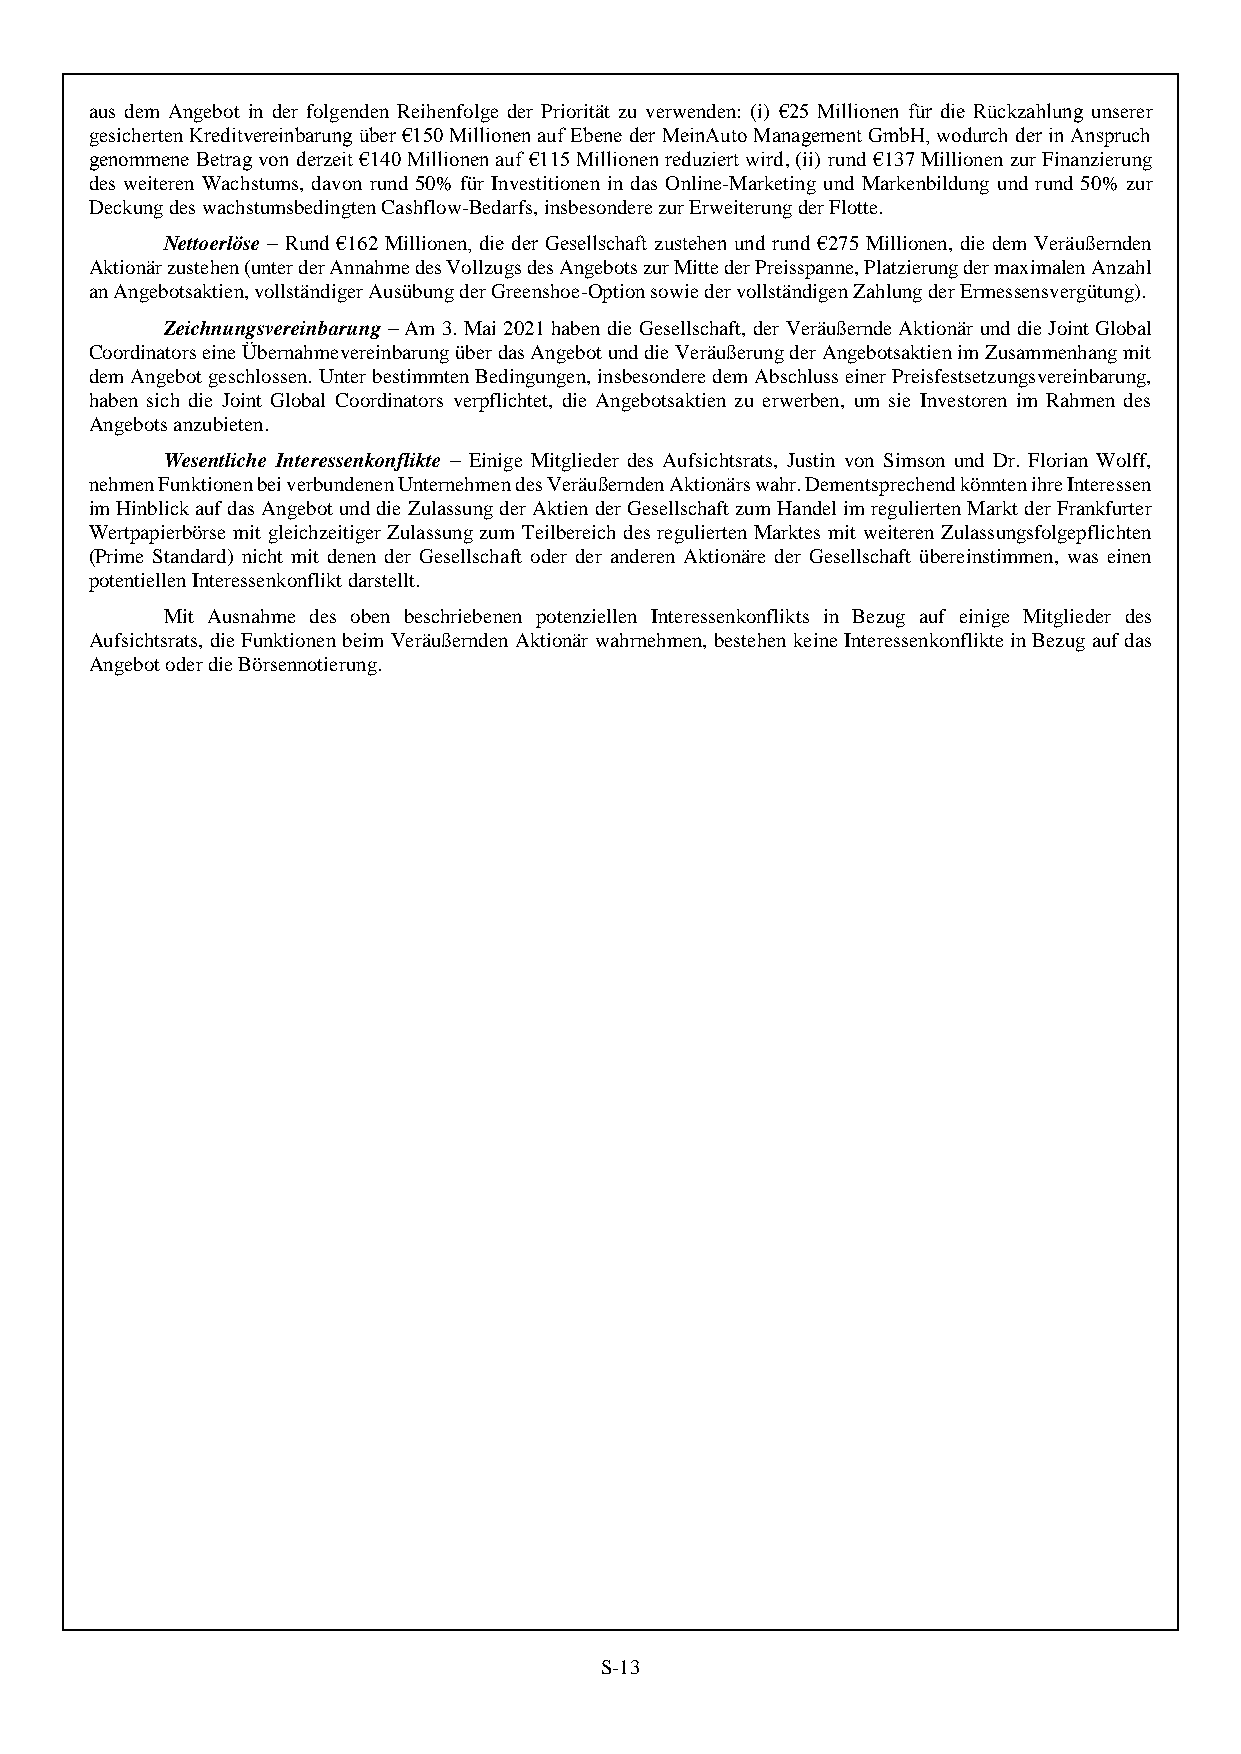
aus dem Angebot in der folgenden Reihenfolge der Priorität zu verwenden: (i) €25 Millionen für die Rückzahlung unserer
 gesicherten Kreditvereinbarung über €150 Millionen auf Ebene der MeinAuto Management GmbH, wodurch der in Anspruch
 genommene Betrag von derzeit €140 Millionen auf €115 Millionen reduziert wird, (ii) rund €137 Millionen zur Finanzierung
 des weiteren Wachstums, davon rund 50% für Investitionen in das Online-Marketing und Markenbildung und rund 50% zur
 Deckung des wachstumsbedingten Cashflow-Bedarfs, insbesondere zur Erweiterung der Flotte.
 Nettoerlöse – Rund €162 Millionen, die der Gesellschaft zustehen und rund €275 Millionen, die dem Veräußernden
 Aktionär zustehen (unter der Annahme des Vollzugs des Angebots zur Mitte der Preisspanne, Platzierung der maximalen Anzahl
 an Angebotsaktien, vollständiger Ausübung der Greenshoe-Option sowie der vollständigen Zahlung der Ermessensvergütung).
 Zeichnungsvereinbarung – Am 3. Mai 2021 haben die Gesellschaft, der Veräußernde Aktionär und die Joint Global
 Coordinators eine Übernahmevereinbarung über das Angebot und die Veräußerung der Angebotsaktien im Zusammenhang mit
 dem Angebot geschlossen. Unter bestimmten Bedingungen, insbesondere dem Abschluss einer Preisfestsetzungsvereinbarung,
 haben sich die Joint Global Coordinators verpflichtet, die Angebotsaktien zu erwerben, um sie Investoren im Rahmen des
 Angebots anzubieten.
 Wesentliche Interessenkonflikte – Einige Mitglieder des Aufsichtsrats, Justin von Simson und Dr. Florian Wolff,
 nehmen Funktionen bei verbundenen Unternehmen des Veräußernden Aktionärs wahr. Dementsprechend könnten ihre Interessen
 im Hinblick auf das Angebot und die Zulassung der Aktien der Gesellschaft zum Handel im regulierten Markt der Frankfurter
 Wertpapierbörse mit gleichzeitiger Zulassung zum Teilbereich des regulierten Marktes mit weiteren Zulassungsfolgepflichten
 (Prime Standard) nicht mit denen der Gesellschaft oder der anderen Aktionäre der Gesellschaft übereinstimmen, was einen
 potentiellen Interessenkonflikt darstellt.
 Mit Ausnahme des oben beschriebenen potenziellen Interessenkonflikts in Bezug auf einige Mitglieder des
 Aufsichtsrats, die Funktionen beim Veräußernden Aktionär wahrnehmen, bestehen keine Interessenkonflikte in Bezug auf das
 Angebot oder die Börsennotierung.
 S-13